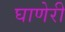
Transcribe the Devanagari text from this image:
घाणेरी